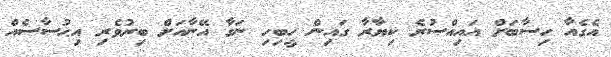
އެގެއާ ހިސާބަށް އައިއްސުރެ ކިޔާރާ ގައިން ހީބިހި ނަގާ އޭނާއަށް ބިރުވެރި އިޙުސާސެއް